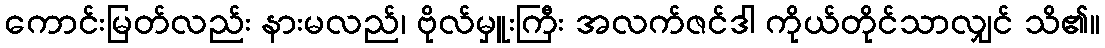
ကောင်းမြတ်လည်း နားမလည်၊ ဗိုလ်မှူးကြီး အလက်ဇင်ဒါ ကိုယ်တိုင်သာလျှင် သိ၏။